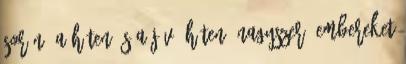
során, a héten és a jövő héten. Nagyszerű embereket